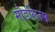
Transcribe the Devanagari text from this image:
मोडलिज्म